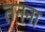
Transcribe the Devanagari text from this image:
तनना